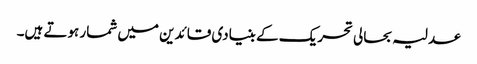
عدلیہ بحالی تحریک کے بنیادی قائدین میں شمار ہوتے ہیں۔